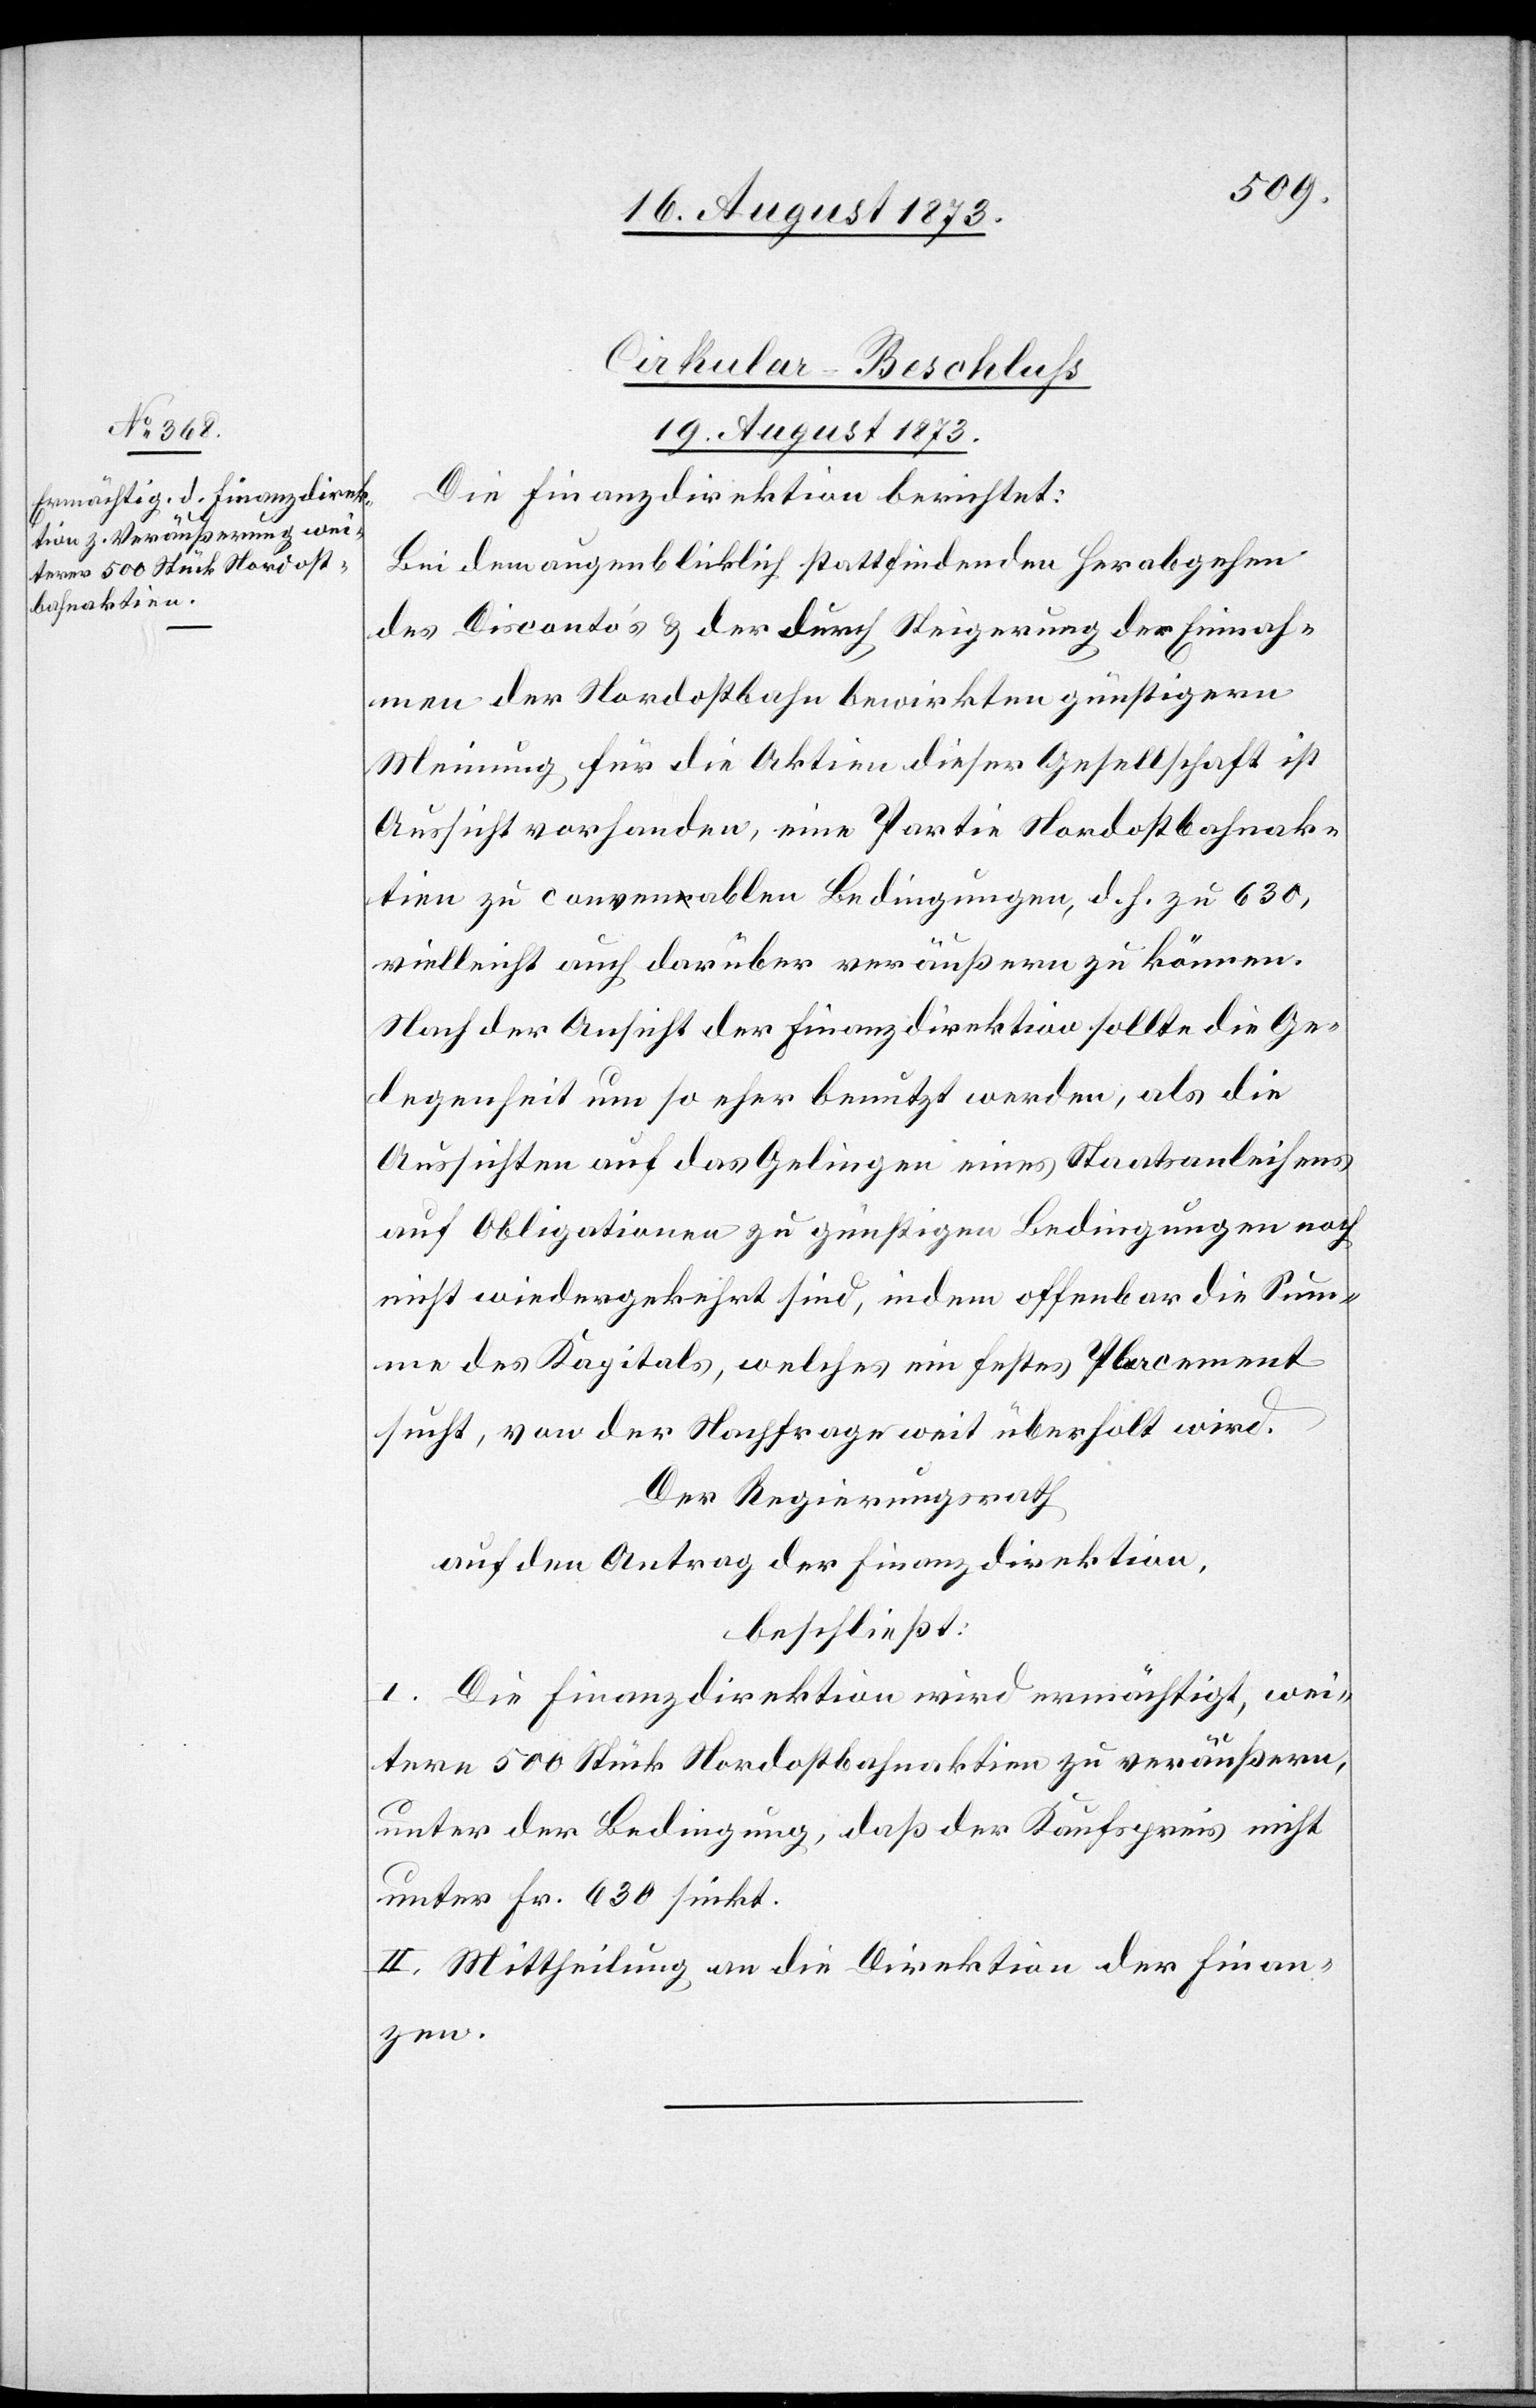
Cirkular-Beschluss
19. August 1873.
Die Finanzdirektion berichtet:
Bei dem augenblicklich stattfindenden Herabgehen
des Disconto’s & der durch Steigerung der Einnah¬
men der Nordostbahn bewirkten günstigern
Meinung für die Aktien dieser Gesellschaft ist
Aussicht vorhanden, eine Partie Nordostbahnak¬
tien zu convenablen Bedingungen, d. h. zu 630,
vielleicht auch darüber veräußern zu können.
Nach der Ansicht der Finanzdirektion sollte die Ge¬
legenheit um so eher benutzt werden, als die
Aussichten auf das Gelingen eines Staatsanleihens
auf Obligationen zu günstigen Bedingungen noch
nicht wiedergekehrt sind, indem offenbar die Sum¬
me des Kapitals, welches ein festes Placement
sucht, von der Nachfrage weit überholt wird.
Der Regierungsrath
auf den Antrag der Finanzdirektion,
beschließt:
I. Die Finanzdirektion wird ermächtigt, wei¬
tere 500 Stück Nordostbahnaktien zu veräußern,
unter der Bedingung, daß der Kaufspreis nicht
unter Fr. 630 sinkt.
II. Mittheilung an die Direktion der Finan¬
zen.